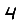
Digit: 4